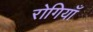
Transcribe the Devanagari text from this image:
रोगियाँ